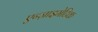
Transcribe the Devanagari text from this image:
एन्ज़ाइमेटिक